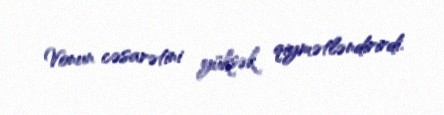
Vonun cəsarətini yüksək qiymətləndirirdi.